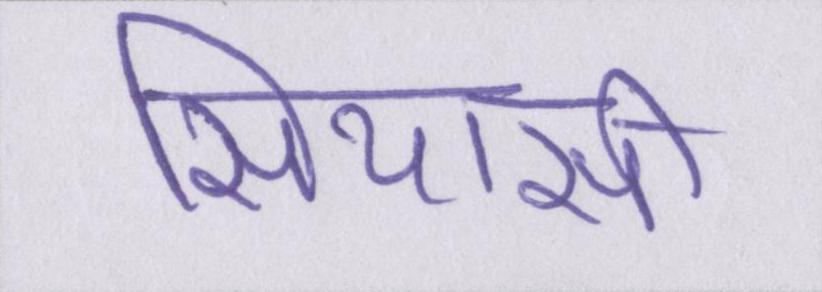
सियासी